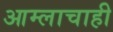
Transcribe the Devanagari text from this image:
आम्लाचाही